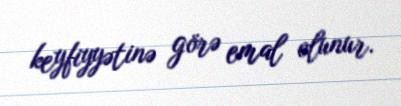
keyfiyyətinə görə emal olunur.